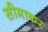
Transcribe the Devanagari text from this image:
सीमाकर